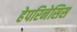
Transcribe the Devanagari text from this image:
हेपरिनेसिस